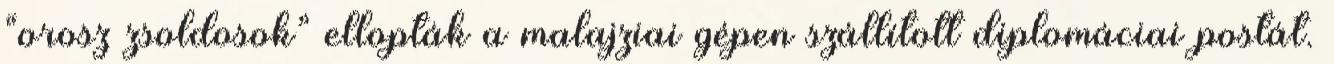
“orosz zsoldosok” ellopták a malajziai gépen szállított diplomáciai postát.